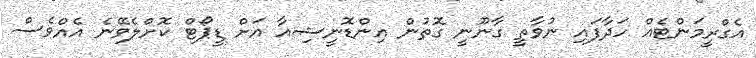
އެގްރީމަންޓެއް ހަދާފައި ނުވާތީ ގާނޫނީ ގޮތުން އިންޑޮނީޝިއާ އަށް ޑީޕޯޓް ކޮށްލެވޭނެ އެއްވެސް